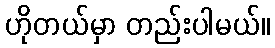
ဟိုတယ်မှာ တည်းပါမယ်။